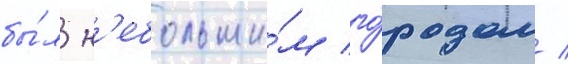
бы́л н'ебольши́м го́родом /